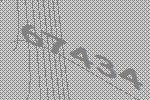
67434